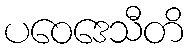
ပဝေဒေသီတိ